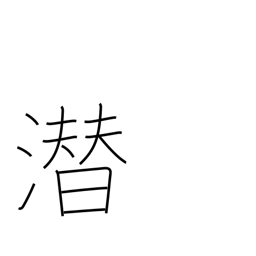
Meaning: hide